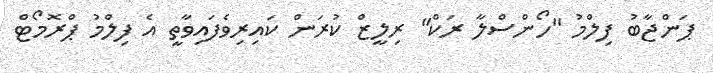
ޕަންޖާބު ފިލްމު "ހޯންސްލާ ރަކް" ރިލީޒް ކުރަން ކައިރިވެފައިވާތީ އެ ފިލްމު ޕްރޮމޯޓް